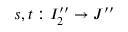
s , t : I _ { 2 } ^ { \prime \prime } \to J ^ { \prime \prime }